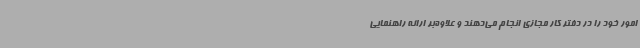
امور خود را در دفتر کار مجازی انجام می‌دهند و علاوه‌بر ارائه راهنمایی